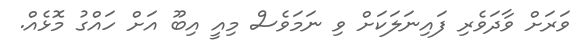
ވަރަށް ވާދަވެރި ފައިނަލަކަށް ވި ނަމަވެސް މިއީ އިބޫ އަށް ހައްގު މޮޅެއް.